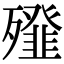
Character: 𣩶